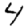
Digit: 4